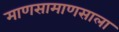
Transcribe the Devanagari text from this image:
माणसामाणसाला